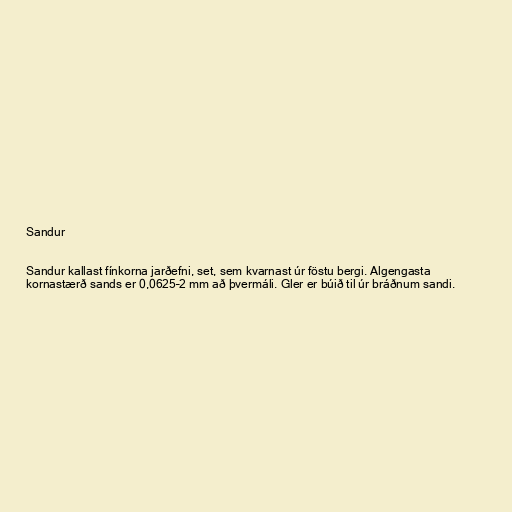
Sandur

Sandur kallast fínkorna jarðefni, set, sem kvarnast úr föstu bergi. Algengasta
kornastærð sands er 0,0625–2 mm að þvermáli. Gler er búið til úr bráðnum sandi.